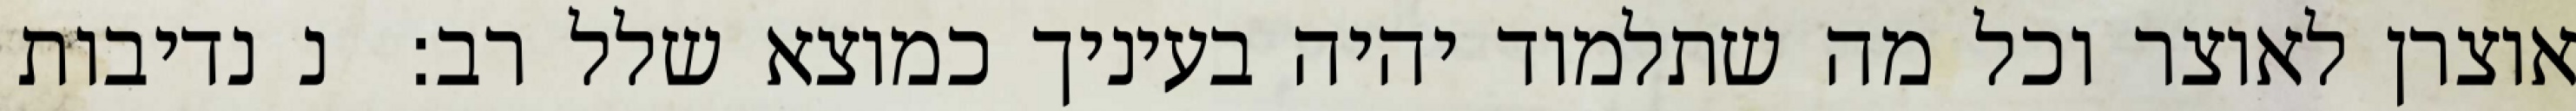
אוצרן לאוצר וכל מה שתלמוד יהיה בעיניך כמוצא שלל רב:  נ נדיבות